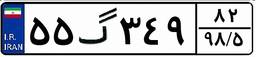
۸۳گ۱۳۹۴۷